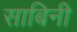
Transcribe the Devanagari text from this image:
साबिनी